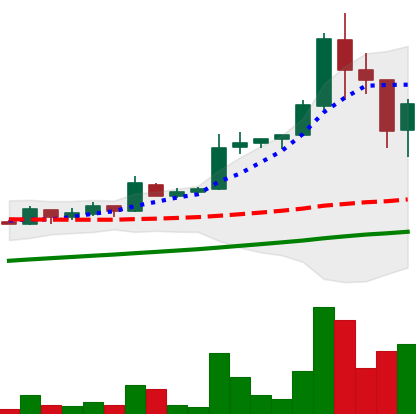
Ticker: LTC-USD
Chart end date: 2017-09-05
Forward return: -13.579%
Label: down_7plus